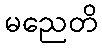
မညေတိ